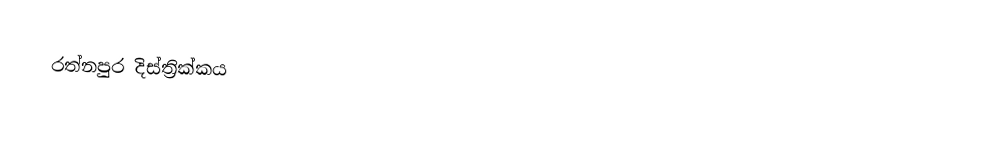
රත්නපුර දිස්ත්‍රික්කය